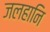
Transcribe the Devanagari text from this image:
जलहानि